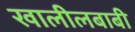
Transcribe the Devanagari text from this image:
खालीलबाबी